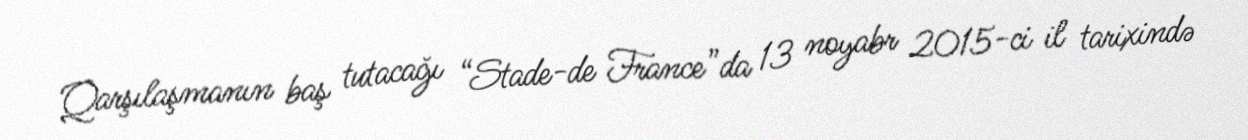
Qarşılaşmanın baş tutacağı “Stade-de France”da 13 noyabr 2015-ci il tarixində